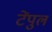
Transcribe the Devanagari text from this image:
टेंपुल